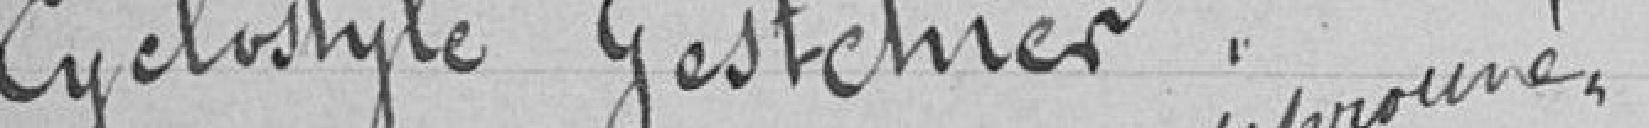
Cyclostyle gestctner